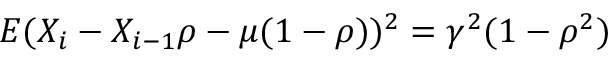
E ( X _ { i } - X _ { i - 1 } \rho - \mu ( 1 - \rho ) ) ^ { 2 } = \gamma ^ { 2 } ( 1 - \rho ^ { 2 } )